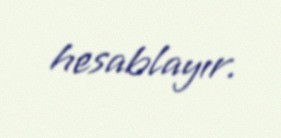
hesablayır.